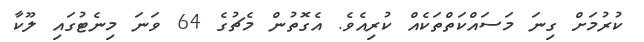
ކުރުމަށް ގިނަ މަސައްކަތްތަކެއް ކުރިއެވެ. އެގޮތުން މެޗުގެ 64 ވަނަ މިނެޓުގައި ލޫކާ